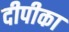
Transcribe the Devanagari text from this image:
दीपीका